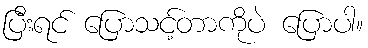
ပြီးရင် ပြောသင့်တာကိုပဲ ပြောပါ။